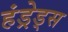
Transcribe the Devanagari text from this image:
हंड्रेड्स